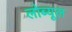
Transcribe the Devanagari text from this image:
लोब्यूल